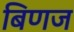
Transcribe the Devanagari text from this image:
बिणज